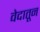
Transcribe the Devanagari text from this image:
वेदातून